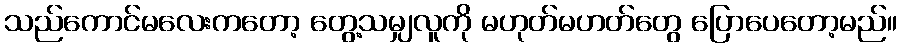
သည်ကောင်မလေးကတော့ တွေ့သမျှလူကို မဟုတ်မဟတ်တွေ ပြောပေတော့မည်။